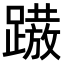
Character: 𨅢